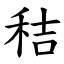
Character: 秸